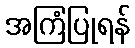
အကြံပြုရန်